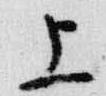
上